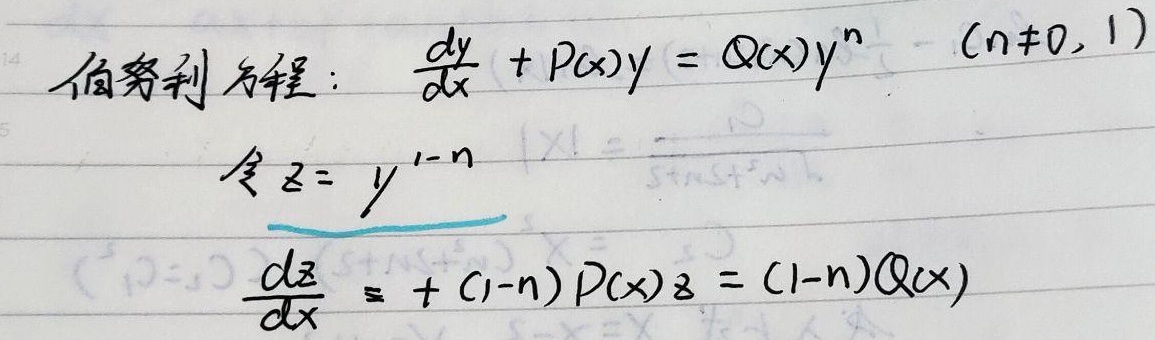
伯努利方程：\(\frac{dy}{dx} + P(x)y = Q(x)y^{n}\quad (n\neq0, 1)\)
令\(z = y^{1 - n}\)
\(\frac{dz}{dx}+ (1 - n)P(x)z = (1 - n)Q(x)\)